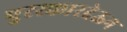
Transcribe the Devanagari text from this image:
पुरस्कारदेऊन